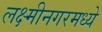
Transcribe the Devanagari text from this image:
लक्ष्मीनगरमध्ये